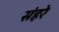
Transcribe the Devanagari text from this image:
संहरे